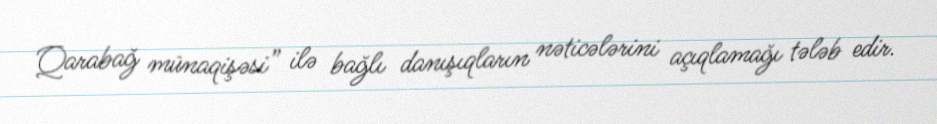
Qarabağ münaqişəsi” ilə bağlı danışıqların nəticələrini açıqlamağı tələb edir.